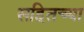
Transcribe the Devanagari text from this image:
सहितच्या